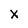
Character: X